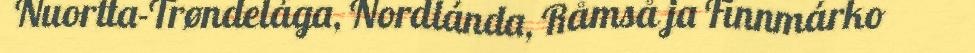
Nuortta-Trøndelága, Nordlánda, Råmså ja Finnmárko